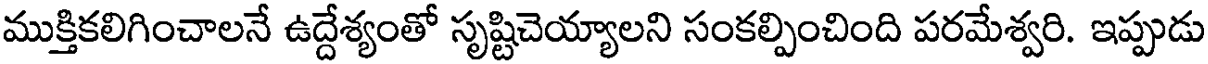
ముక్తికలిగించాలనే ఉద్దేశ్యంతో సృష్టిచెయ్యాలని సంకల్పించింది పరమేశ్వరి. ఇప్పుడు